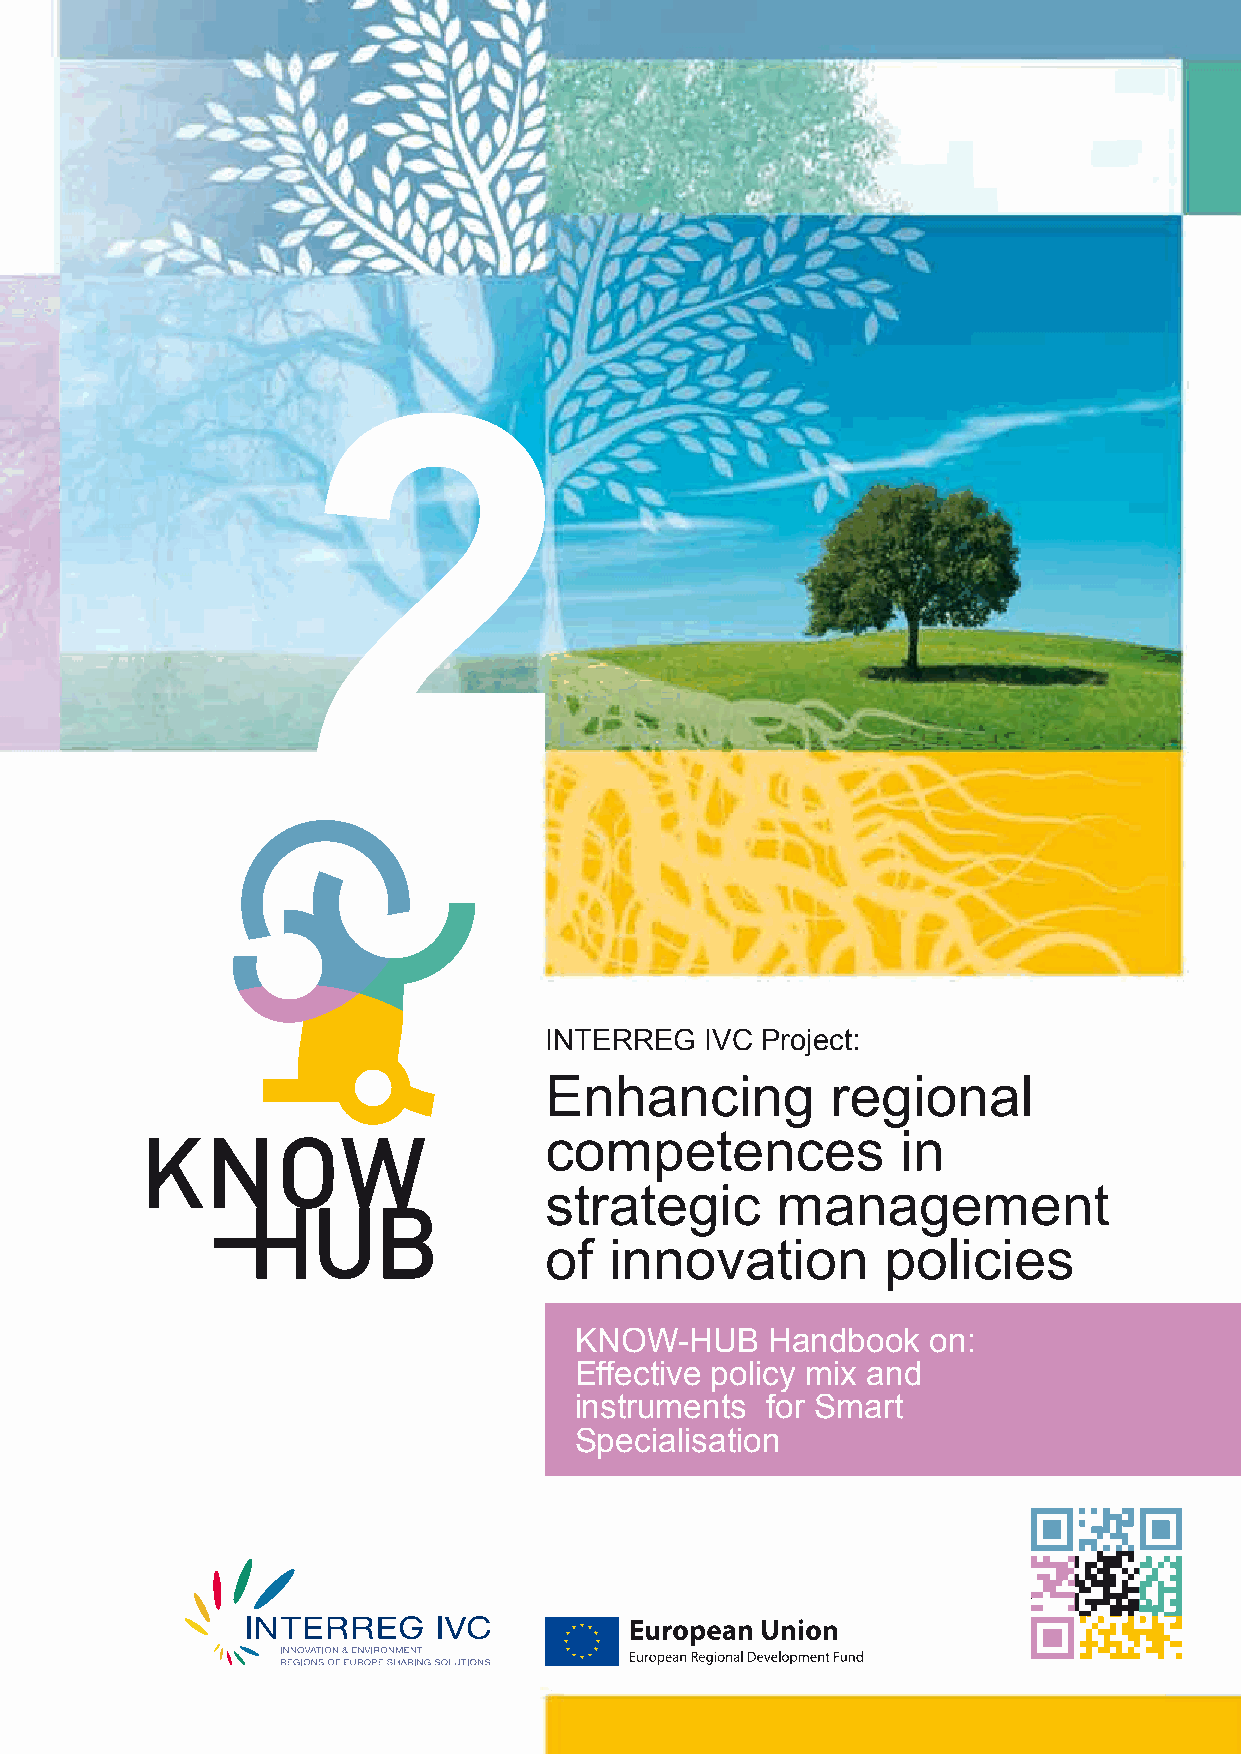
Participants
 Lead Partner
 Adam Mickiewicz University Foundation (PL)
 Contact Person
 Elżbieta Książek
 Poznan Science and Technology Park
 Adam Mickiewicz University Foundation
 ul. Rubież 46
 61-612 Poznań, Poland
 tel. +48 61 8279 740 - fax. + 48 61 8279 741
 e-mail: elzbieta.ksiazek@ppnt.poznan.pl
 2
 www.know-hub.eu
 Partnership
 •
 (PL) Poznan Science and Technology Park – Wielkopolska
 •
 (BE) European Association of Regional Development Agencies
 •
 (HU) INNOVA Észak-Alföld Regional Development and Innovation Agency
 •
 (ES) Basque Government
 •
 (FR) Nord France Innovation Développement
 •
 (FR) ARII-PACA, Agence Regionale pour l’Innovation et l’Internationalisation
 des entreprises (ex Méditerranée Technologies)
 •
 (AT) Lower Austrian Government
 •
 (DE) Association of Counties and Cities in the Weser-Ems
 •
 (SK) Banská Bystrica Self-Governing Region
 •
 (ES) Castilla y León Regional Government. The Castilla y León Universities
 and Higher Education Foundation
 •
 (BG) Applied Research and Communications Fund
 •
 (BG) Municipality of Gabrovo
 INTERREG   IVC Project:
 Enhancing          regional
 competences             in
 strategic       management
 of   innovation        policies
 KNOW-HUB     Handbook   on:
 Effective policy mix and
 instruments  for Smart
 Specialisation